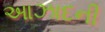
આઝાદની